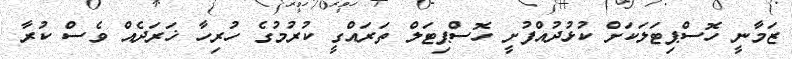
ޒަމާނީ ހޮސްޕިޓަލަކަށް ކުޅުދުއްފުށީ ހޮސްޕިޓަލް ތަރައްގީ ކުރުމުގެ ހުރިހާ ޚަރަދެއް ވެސް ކުރާ